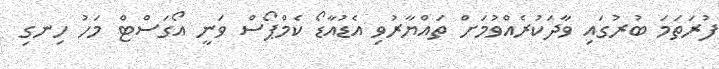
ފުރަތަމަ ބުރުގައި ވާދަކުރެއްވުމަށް ތައްޔާރުވި އެޑުއާޑޯ ކެމްޕޯސް ވަނީ އޯގަސްޓް މަހު ހިނގި